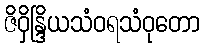
ဇိဝှိန္ဒြိယသံဝရသံဝုတော